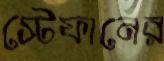
স্টেফানের